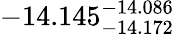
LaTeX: -14.145_{-14.172}^{-14.086}